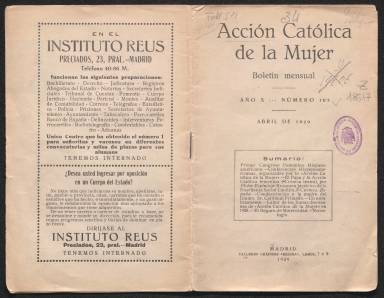
Título: Acción Católica de la Mujer
Colección: Revistas de información general || Revistas femeninas
Ámbito geográfico: Madrid
Lugar de publicación: Madrid
Fechas: 01/04/1929-30/04/1929